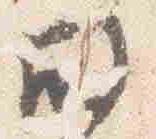
殿